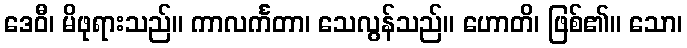
ဒေဝီ၊ မိဖုရားသည်။ ကာလင်္ကတာ၊ သေလွန်သည်။ ဟောတိ၊ ဖြစ်၏။ သော၊